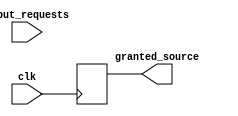
module weighted_arbiter(
    input wire clk,
    input wire [7:0] input_requests,
    output wire granted_source
);

    // Timing control module
    reg clk_out;
    reg timing_signals;
    reg control_signals;

    always @(posedge clk)
    begin
        // Logic for generating clock signals
        clk_out <= ~clk_out;
        // Logic for managing timing signals
        timing_signals <= some_timing_logic;
        // Logic for generating control signals
        control_signals <= some_control_logic;
    end

    // Synchronization block
    reg [7:0] synchronized_requests;

    always @(posedge clk)
    begin
        // Logic for synchronizing input signals
        synchronized_requests <= input_requests;
        // Logic for detecting conflicts
        if (some_conflict_detection_logic)
        begin
            // Logic for resolving conflicts based on weighted priority scheme
            // Update synchronized_requests accordingly
        end
    end

    // Arbiter logic
    always @(posedge clk)
    begin
        // Arbiter logic to grant access to one of the synchronized requests based on some arbitration algorithm
        granted_source <= some_arbitration_logic;
    end

endmodule